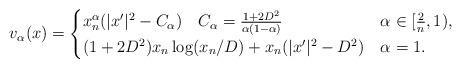
LaTeX: \begin{align*}v_{\alpha}(x)= \begin{cases}x_n^{\alpha} (|x'|^2 -C_\alpha)\quad C_{\alpha}= \frac{1+ 2D^2 }{\alpha(1-\alpha)} & \alpha \in [\frac{2}{n}, 1), \\(1+2D^2) x_n \log (x_n/D) + x_n (|x'|^2-D^2)& \alpha =1.\end{cases}\end{align*}